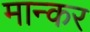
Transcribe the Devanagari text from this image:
मान्कर